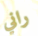
راني